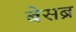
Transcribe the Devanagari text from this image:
बेसब्र